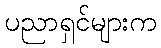
ပညာရှင်များက